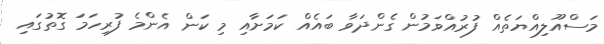
މަސްއޫލިއްޔަތެއް ފުރުއްވަމުން ގެންދަވާ ބައެއް ކަމަށާއި މި ކަން އެންމެ ފުރިހަމަ ގޮތުގައި